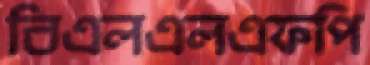
বিএলএলএফপি